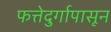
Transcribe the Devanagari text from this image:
फत्तेदुर्गापासून